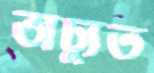
অচ্যুত